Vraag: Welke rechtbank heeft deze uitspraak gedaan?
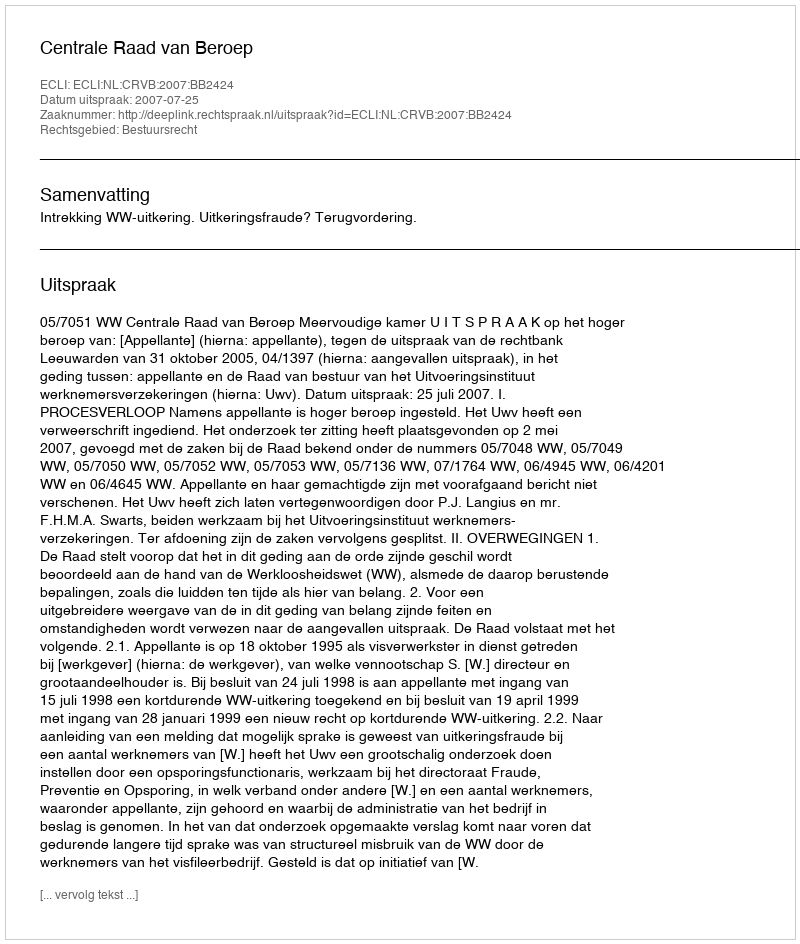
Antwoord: Centrale Raad van Beroep